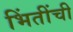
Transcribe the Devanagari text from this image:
भिंतींची